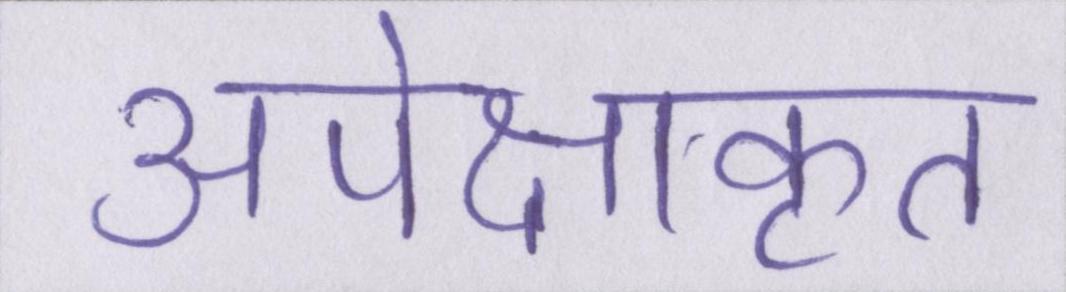
अपेक्षाकृत